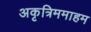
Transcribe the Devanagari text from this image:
अकृत्रिममाहम